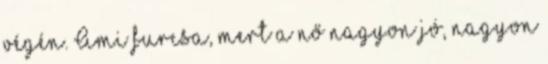
végén. Ami furcsa, mert a nő nagyon jó, nagyon